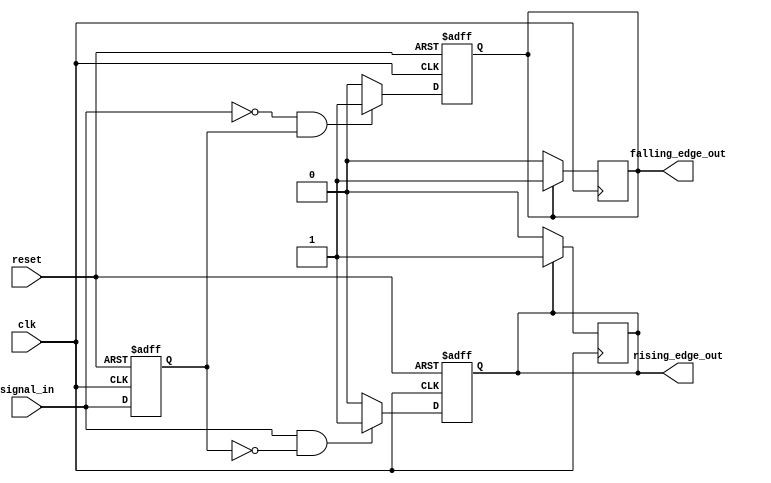
module pulse_edge_detector (
    input wire clk,              // Clock signal
    input wire reset,            // Asynchronous reset signal
    input wire signal_in,        // Input signal to detect edges
    output reg rising_edge_out,  // Output pulse for rising edge
    output reg falling_edge_out   // Output pulse for falling edge
);

    // Internal signal to hold the previous state of the input signal
    reg previous_state;

    // Always block to update the previous state and detect edges
    always @(posedge clk or posedge reset) begin
        if (reset) begin
            previous_state <= 1'b0; // Initialize previous state to low on reset
            rising_edge_out <= 1'b0; // Initialize outputs to low
            falling_edge_out <= 1'b0; 
        end else begin
            // Edge detection logic
            rising_edge_out <= (signal_in == 1'b1 && previous_state == 1'b0) ? 1'b1 : 1'b0;
            falling_edge_out <= (signal_in == 1'b0 && previous_state == 1'b1) ? 1'b1 : 1'b0;
            
            // Update previous state
            previous_state <= signal_in;
        end
    end

    // Always block to generate narrow pulses for one clock cycle
    always @(posedge clk) begin
        // Generate a pulse for rising edge
        if (rising_edge_out) begin
            rising_edge_out <= 1'b1; // Keep the pulse high
        end else begin
            rising_edge_out <= 1'b0; // Reset pulse
        end

        // Generate a pulse for falling edge
        if (falling_edge_out) begin
            falling_edge_out <= 1'b1; // Keep the pulse high
        end else begin
            falling_edge_out <= 1'b0; // Reset pulse
        end
    end

endmodule